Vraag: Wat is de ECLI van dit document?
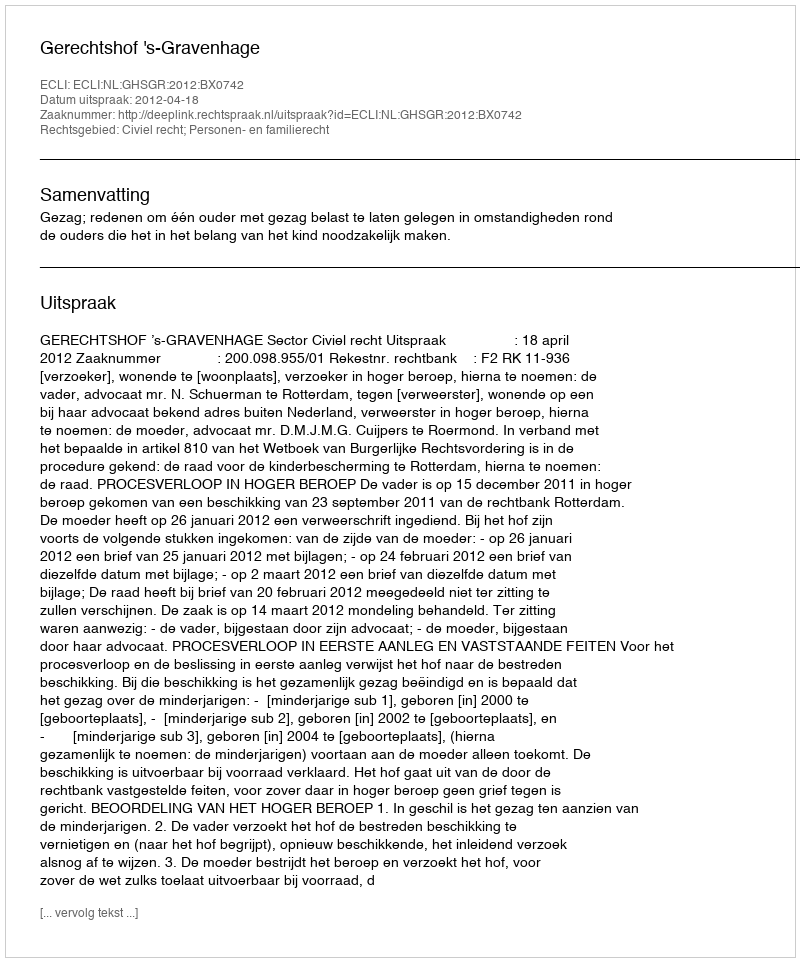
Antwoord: ECLI:NL:GHSGR:2012:BX0742